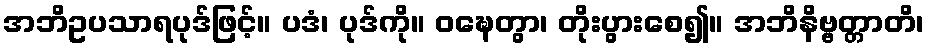
အဘိဥပသာရပုဒ်ဖြင့်။ ပဒံ၊ ပုဒ်ကို။ ဝဍ္ဎေတွာ၊ တိုးပွားစေ၍။ အဘိနိဗ္ဗတ္တာတိ၊